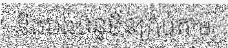
និងបង់ពន្ធមិនគ្រប់តាម